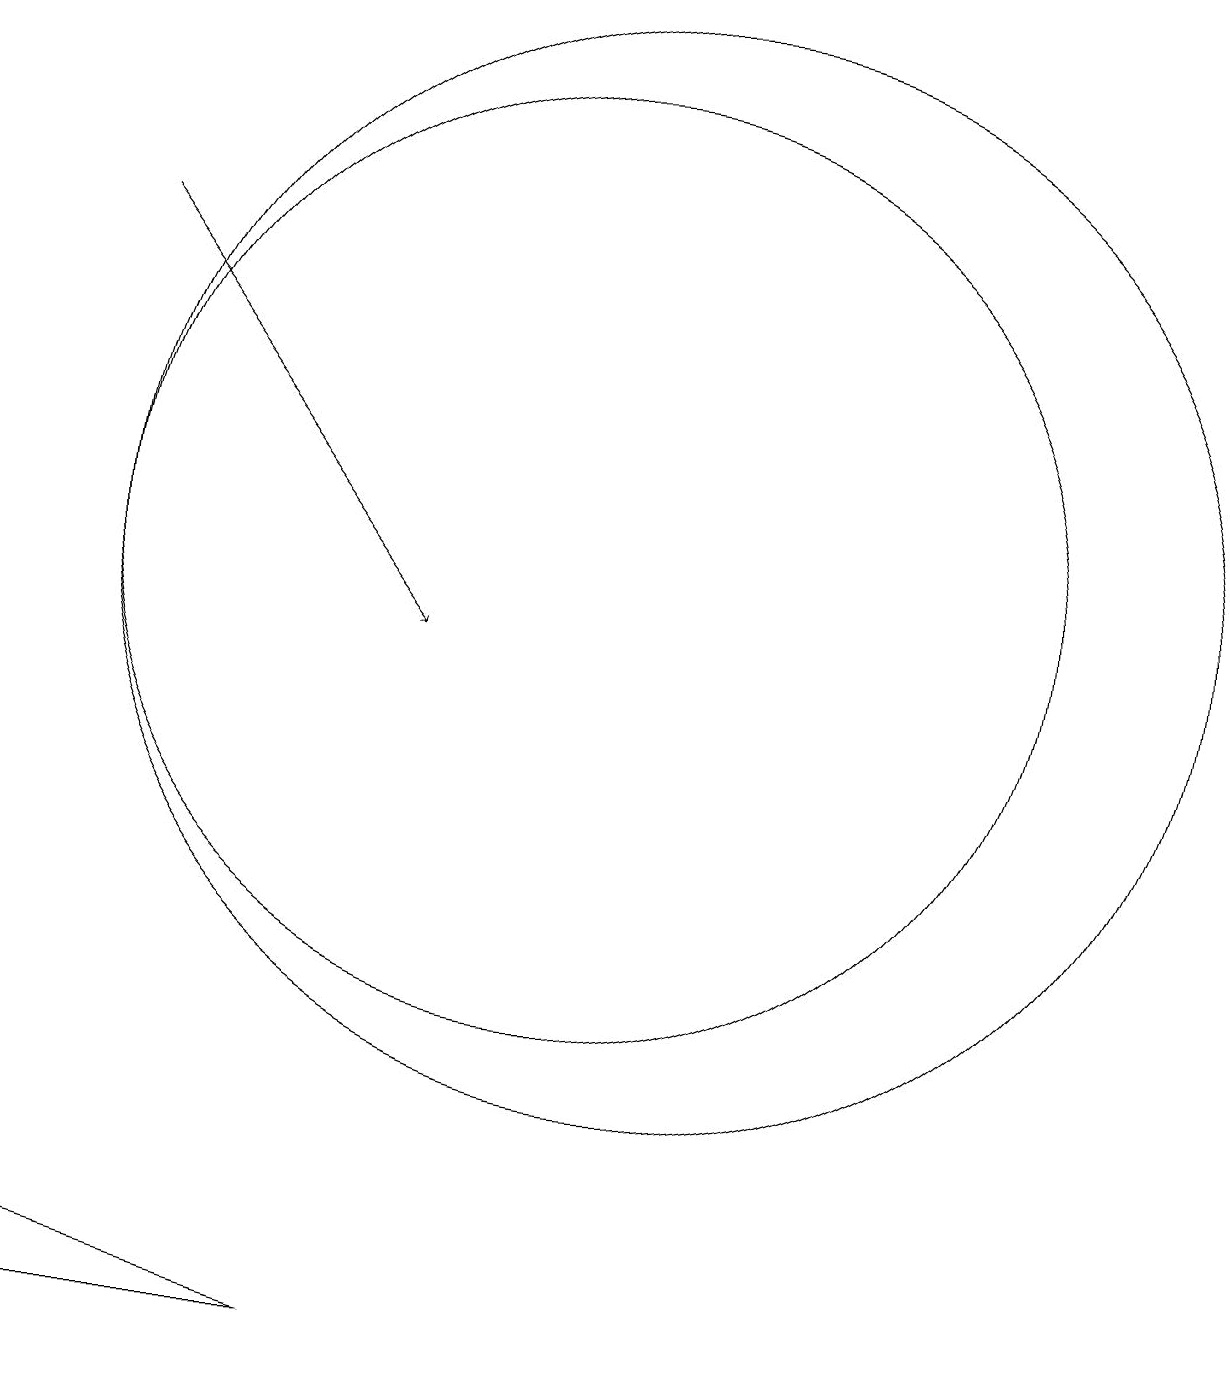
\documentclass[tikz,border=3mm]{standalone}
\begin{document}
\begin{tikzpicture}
\draw (11,11) circle (7);
\draw[->] (4,15) -- (8,10);
\draw (10,11) circle (6);
\draw (3,2) -- (3,1) -- (7,1) -- cycle;
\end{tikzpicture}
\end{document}